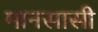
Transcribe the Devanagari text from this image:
मानसासी